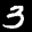
Label: 3